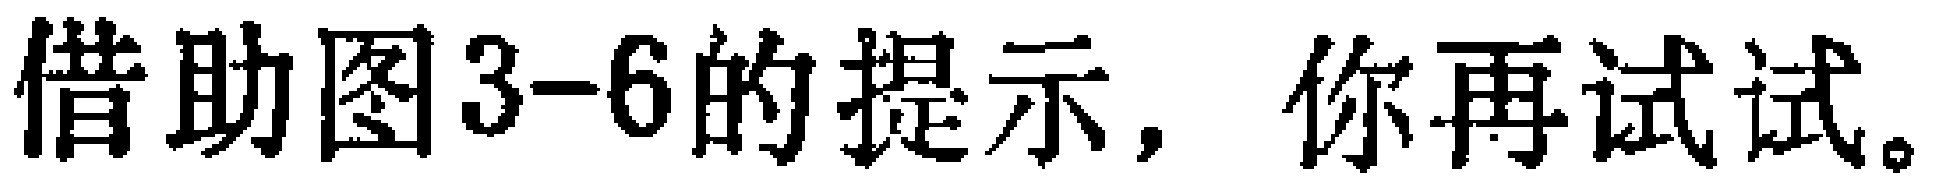
借助图3-6的提示，你再试试。